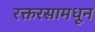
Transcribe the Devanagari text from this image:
रक्तरसामधून